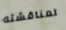
لمناقشته